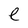
Character: e